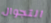
التجوال